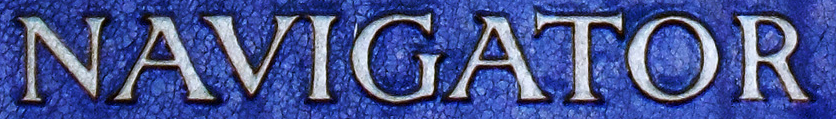
NAVIGATOR